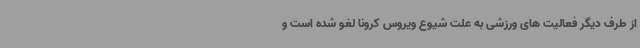
از طرف دیگر فعالیت های ورزشی به علت شیوع ویروس کرونا لغو شده است و